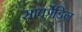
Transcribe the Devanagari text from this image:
सार्कोडिन